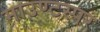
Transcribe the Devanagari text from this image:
माउण्टस्पर